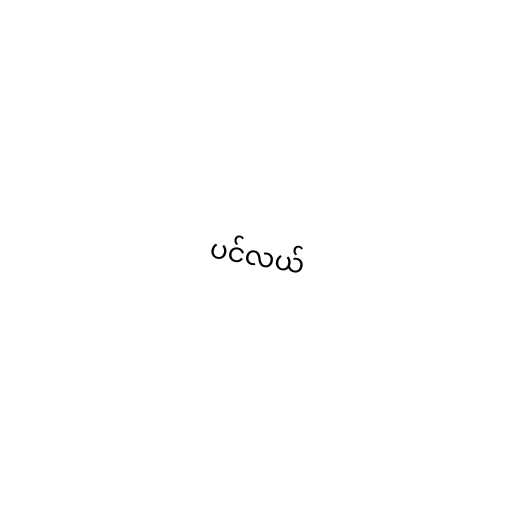
ပင်လယ်